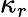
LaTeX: \kappa_{r}